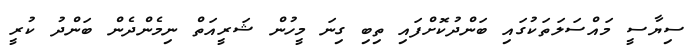
ސިޔާސީ މައްސަލަތަކުގައި ބަންދުކޮށްފައި ތިބި ގިނަ މީހުން ޝަރީއަތް ނިމެންދެން ބަންދު ކުރީ